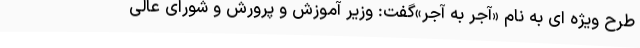
طرح ویژه ای به نام «آجر به آجر»گفت: وزیر آموزش و پرورش و شورای عالی